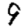
Digit: 9